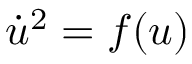
{ \dot { u } } ^ { 2 } = f ( u )